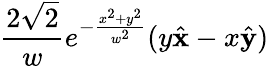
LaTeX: \frac{2\sqrt{2}}{w}e^{-\frac{x^{2}+y^{2}}{w^{2}}}(y\hat{\mathbf{x}}-x\hat{\mathbf{y}})